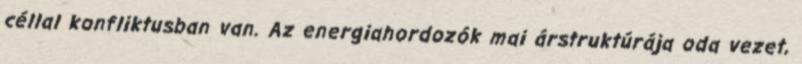
céllal konfliktusban van. Az energiahordozók mai árstruktúrája oda vezet,